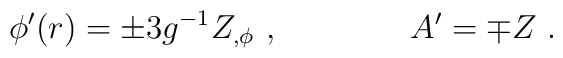
\phi' (r) =  \pm 3 g^{-1} Z_{, \phi}\ , \qquad \qquad  A' = \mp Z \ .